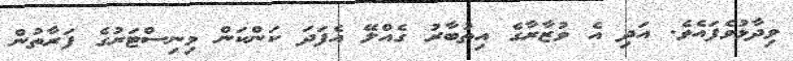
ވިދާޅުވެފައެވެ. އަދި އެ ވުޒާރާގެ އިތުބާރު ގެއްލޭ އެފަދަ ކަންކަން މިނިސްޓަރުގެ ފަރާތުން